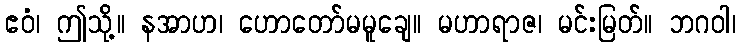
ဧဝံ၊ ဤသို့။ နအာဟ၊ ဟောတော်မမူချေ။ မဟာရာဇ၊ မင်းမြတ်။ ဘဂဝါ၊